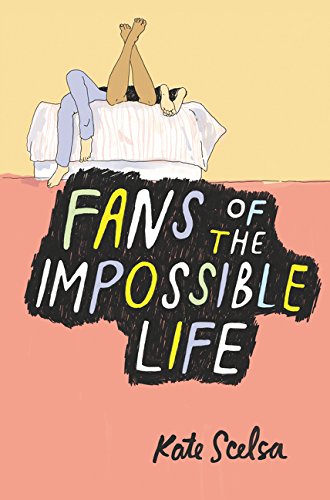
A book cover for Fans of the Impossible Life; Kate Scelsa; Literature & Fiction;